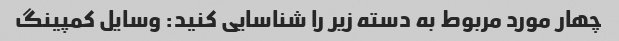
چهار مورد مربوط به دسته زیر را شناسایی کنید: وسایل کمپینگ